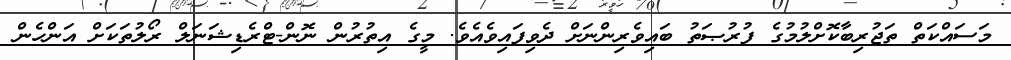
މަސައްކަތް ތަޖުރިބާކޮށްލުމުގެ ފުރުޞަތު ބައިވެރިންނަށް ދެވިފައިވެއެވެ. މީގެ އިތުރުން ނޮން-ޓްރެޑިޝަނަލް ރޯލުތަކަށް އަންހެން